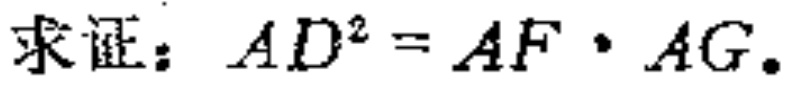
求证：\(AD^{2}=AF\cdot AG\)。